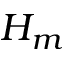
H _ { m }